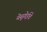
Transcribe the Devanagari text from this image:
येसुगेईचे